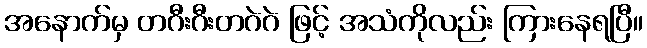
အနောက်မှ တဂီးဂီးတဂဲဂဲ ဖြင့် အသံကိုလည်း ကြားနေရပြီ။